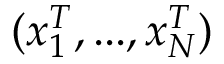
( x _ { 1 } ^ { T } , . . . , x _ { N } ^ { T } )